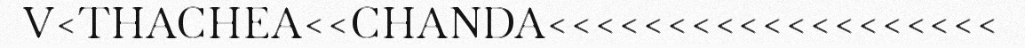
V<THACHEA<<CHANDA<<<<<<<<<<<<<<<<<<<